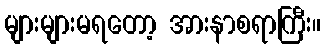
များများမရတော့ အားနာစရာကြီး။